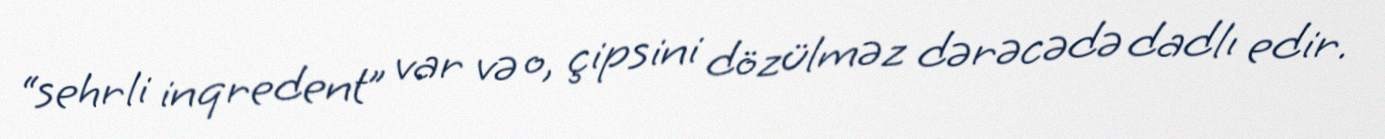
“sehrli inqredent” var və o, çipsini dözülməz dərəcədə dadlı edir.